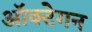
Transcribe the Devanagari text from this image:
ऑक्टेगन